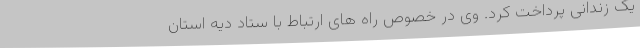
یک زندانی پرداخت کرد. وی در خصوص راه های ارتباط با ستاد دیه استان